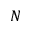
N